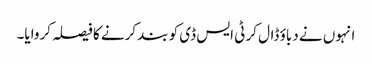
انہوں نے دباؤ ڈال کر ٹی ایس ڈی کو بند کرنے کا فیصلہ کروایا۔